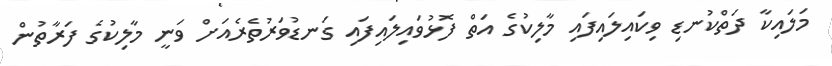
މަލައިކާ ދަތްކުނޑި ވިކައިލައިފައި މާލިކުގެ އަތް ފޮޅުވައިލައިފައި ގަނޑުވަރުތެރެއަށް ވަނީ މާލިކުގެ ފަރާތުން